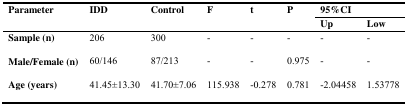
| <ROWSPAN=2> Parameter | <ROWSPAN=2> IDD | <ROWSPAN=2> Control | <ROWSPAN=2> F | <ROWSPAN=2> t | <ROWSPAN=2> P | <COLSPAN=2> 95%CI |
 | Up | Low |
 | --- | --- | --- | --- | --- | --- | --- | --- |
 | Sample (n) | 206 | 300 | - | - | - | - | - |
 | Male/Female (n) | 60/146 | 87/213 | - | - | 0.975 | - | - |
 | Age (years) | 41.45±13.30 | 41.70±7.06 | 115.938 | -0.278 | 0.781 | -2.04458 | 1.53778 |